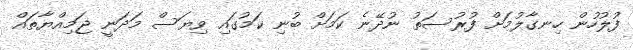
ފުލުހުން ހިނގާލުމަށް ފުރުސަތު ނުދޭނެ ކަމަށް ބުނި ކަމުގައި ވިޔަސް މަދަނީ ޖަމިއްޔާތައް